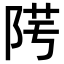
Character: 𨹯